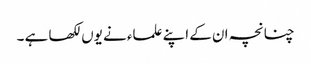
چنانچہ ان کے اپنے علماء نے یوں لکھا ہے ۔